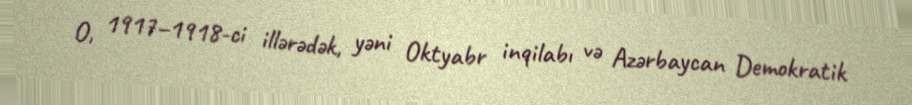
O, 1917–1918-ci illərədək, yəni Oktyabr inqilabı və Azərbaycan Demokratik